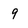
Character: 9